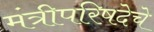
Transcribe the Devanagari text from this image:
मंत्रीपरिषदेचे